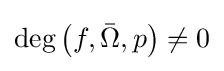
\deg \left(f,{\bar {\Omega }},p\right)\neq 0